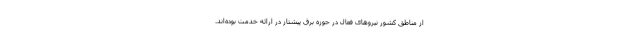
از مناطق کشور نیرو‌های فعال در حوزه برق پیشتاز در ارائه خدمت بوده‌اند.